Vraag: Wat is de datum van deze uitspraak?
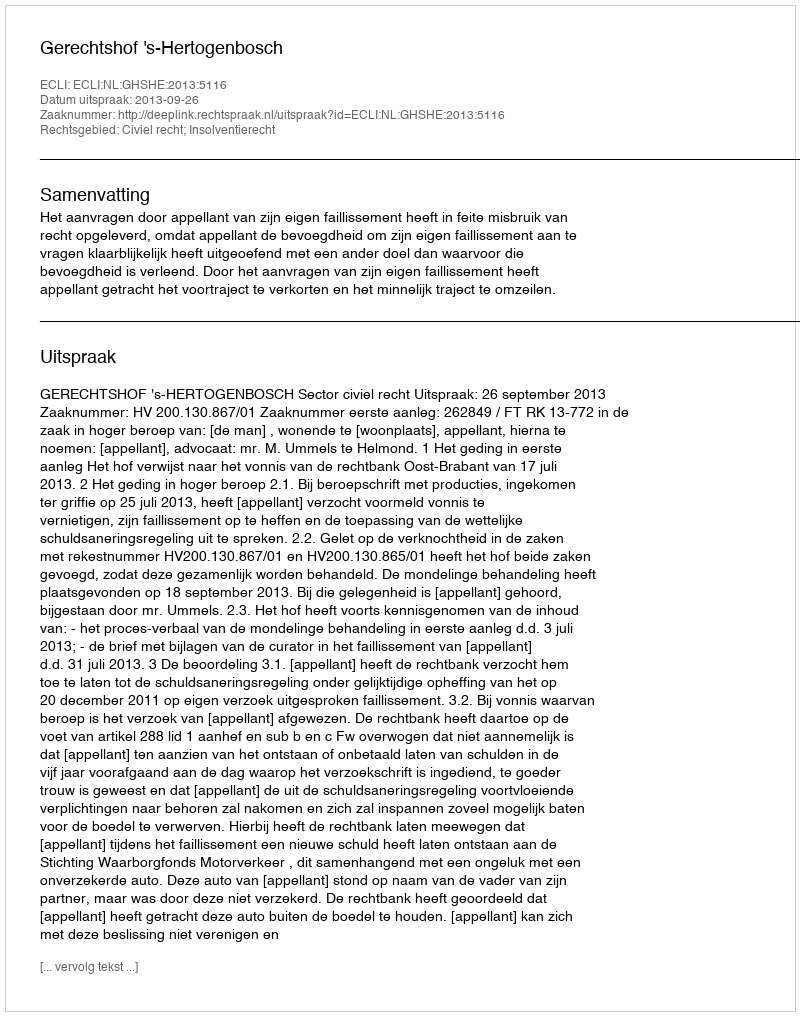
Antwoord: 2013-09-26